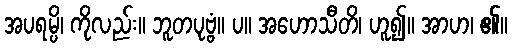
အပရမ္ပိ၊ ကိုလည်း။ ဘူတပုဗ္ဗံ။ ပ။ အဟောသီတိ၊ ဟူ၍။ အာဟ၊ ၏။